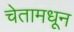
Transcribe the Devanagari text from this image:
चेतामधून